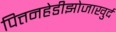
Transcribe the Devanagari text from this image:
पित्तनहेडीझोजाखुर्द